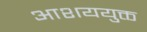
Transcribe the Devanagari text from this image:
आशययुक्त